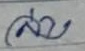
ล่าง